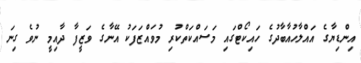
އިންޑިޔާގެ އައްލާހުއާބާދުގެ ހައިކޯޓްގައި މަސައްކަތްކުރި މުވައްޒަފަކު އޭނާގެ ވަޒީފާ ދާއިމީ ނުވެ ގިނަ